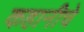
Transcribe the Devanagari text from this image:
कहानीचे